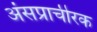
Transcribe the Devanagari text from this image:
अंसप्राचीरक